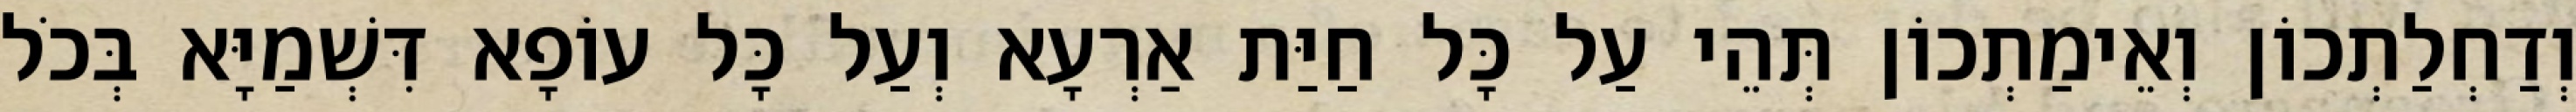
וְדַחְלַתְכוֹן וְאֵימַתְכוֹן תְּהֵי עַל כָּל חַיַּת אַרְעָא וְעַל כָּל עוֹפָא דִּשְׁמַיָּא בְּכֹל